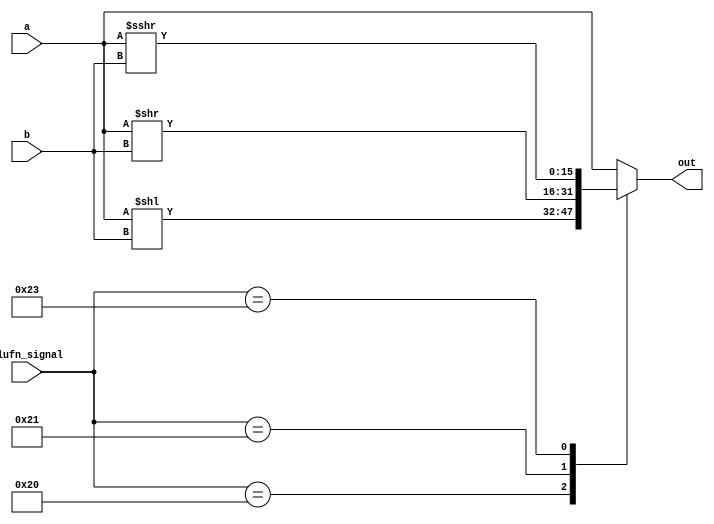
/*
   This file was generated automatically by Alchitry Labs version 1.2.7.
   Do not edit this file directly. Instead edit the original Lucid source.
   This is a temporary file and any changes made to it will be destroyed.
*/

module shifter_14 (
    input [15:0] a,
    input [4:0] b,
    input [5:0] alufn_signal,
    output reg [15:0] out
  );
  
  
  
  always @* begin
    
    case (alufn_signal)
      default: begin
        out = a;
      end
      6'h20: begin
        out = a << b;
      end
      6'h21: begin
        out = a >> b;
      end
      6'h23: begin
        out = $signed(a) >>> b;
      end
    endcase
  end
endmodule